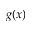
g ( x )